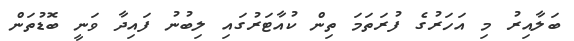
ބަލާއިރު މި އަހަރުގެ ފުރަތަމަ ތިން ކުއާޓަރުގައި ލިބުނު ފައިދާ ވަނީ ބޮޑުތަން